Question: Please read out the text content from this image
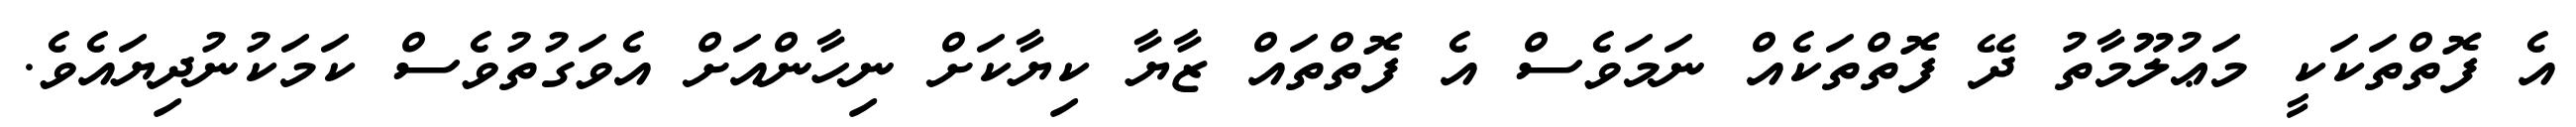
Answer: އެ ފޮތްތަކަކީ މަޢުލޫމާތު ދޭ ފޮތްތަކެއް ނަމަވެސް އެ ފޮތްތައް ޒާޔާ ކިޔާކަށް ނިހާންއަށް އެވަގުތުވެސް ކަމަކުނުދިޔައެވެ.